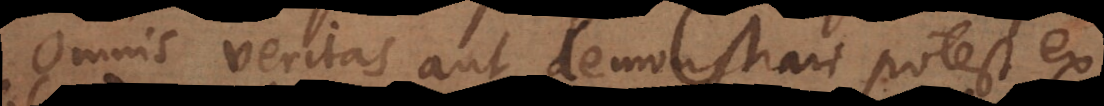
Omnis veritas aut demonstrari potest ex